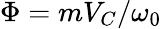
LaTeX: \Phi=mV_{C}/\omega_{0}